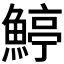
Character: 𩹇